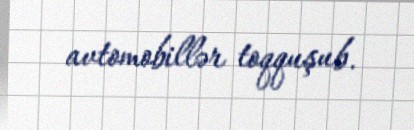
avtomobillər toqquşub.